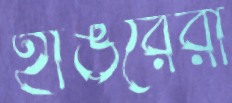
হাঙরেরা